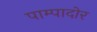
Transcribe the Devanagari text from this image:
पाम्पादोर